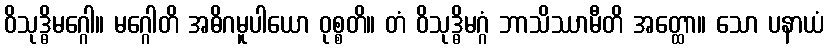
ဝိသုဒ္ဓိမဂ္ဂေါ။ မဂ္ဂေါတိ အဓိဂမူပါယော ဝုစ္စတိ။ တံ ဝိသုဒ္ဓိမဂ္ဂံ ဘာသိဿာမီတိ အတ္ထော။ သော ပနာယံ